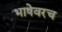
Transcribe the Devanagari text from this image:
भाषेवरच